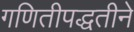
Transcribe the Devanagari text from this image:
गणितीपद्धतीने